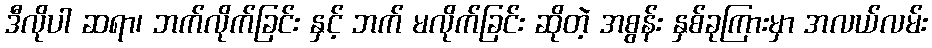
ဒီလိုပါ ဆရာ၊ ဘက်လိုက်ခြင်း နှင့် ဘက် မလိုက်ခြင်း ဆိုတဲ့ အစွန်း နှစ်ခုကြားမှာ အလယ်လမ်း